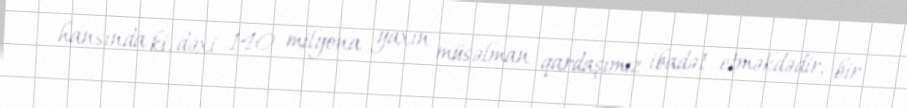
hansında ki, dəxi 140 milyona yaxın müsəlman qardaşımız ibadət etməkdədir, bir